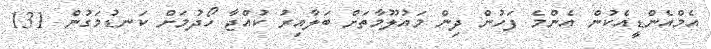
އެމްއެންޑީއެކުން އެންމެ ފަހުން ދިން މައުލޫމާތަށް ބަލާއިރު ކުއްޖާ ހޯދުމަށް ކަނޑުމަގުން 131